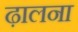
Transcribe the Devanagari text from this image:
ढ़ालना